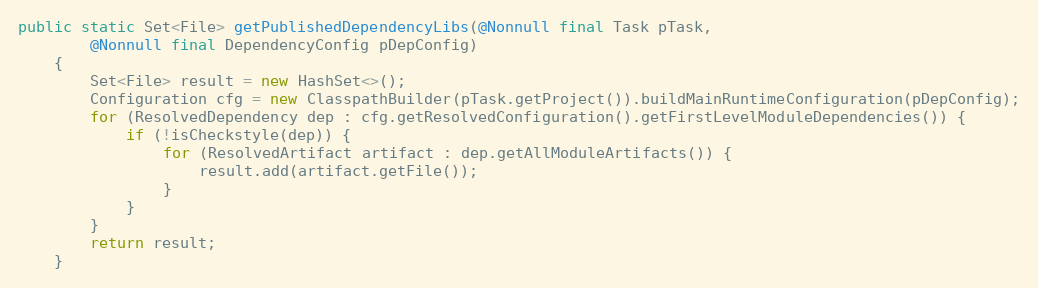
Language: Java
public static Set<File> getPublishedDependencyLibs(@Nonnull final Task pTask,
        @Nonnull final DependencyConfig pDepConfig)
    {
        Set<File> result = new HashSet<>();
        Configuration cfg = new ClasspathBuilder(pTask.getProject()).buildMainRuntimeConfiguration(pDepConfig);
        for (ResolvedDependency dep : cfg.getResolvedConfiguration().getFirstLevelModuleDependencies()) {
            if (!isCheckstyle(dep)) {
                for (ResolvedArtifact artifact : dep.getAllModuleArtifacts()) {
                    result.add(artifact.getFile());
                }
            }
        }
        return result;
    }